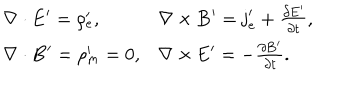
\begin{array} { l l } { { \nabla \cdot \mathbf { E } ^ { \prime } = \rho _ { e } ^ { \prime } , } } & { { \nabla \times \mathbf { B } ^ { \prime } = \mathbf { j } _ { e } ^ { \prime } + \frac { \partial \mathbf { E ^ { \prime } } } { \partial t } , } } \\ { { \nabla \cdot \mathbf { B } ^ { \prime } = \rho _ { m } ^ { \prime } = 0 , } } & { { \nabla \times \mathbf { E } ^ { \prime } = - \frac { \partial \mathbf { B ^ { \prime } } } { \partial t } . } } \\ \end{array}